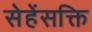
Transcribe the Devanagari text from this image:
सेहेंसक्ति